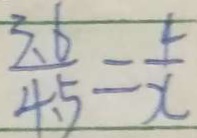
\frac { 3 . 6 } { 4 . 5 } = \frac { 4 } { x }